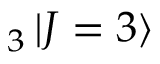
_ 3 \mathinner { | { J = 3 } \rangle }